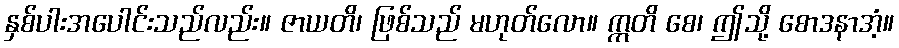
နှစ်ပါးအပေါင်းသည်လည်း။ ဇာယတိ၊ ဖြစ်သည် မဟုတ်လော။ ဣတိ စေ၊ ဤသို့ စောဒနာအံ့။